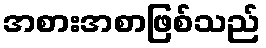
အစားအစာဖြစ်သည်